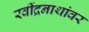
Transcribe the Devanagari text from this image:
रवींद्रनाथांवर